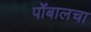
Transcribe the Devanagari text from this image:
पोंबालचा